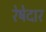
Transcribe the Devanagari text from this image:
रेषेदार